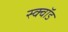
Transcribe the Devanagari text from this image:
स्क्वॉड